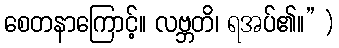
စေတနာကြောင့်။ လဗ္ဘတိ၊ ရအပ်၏။” )